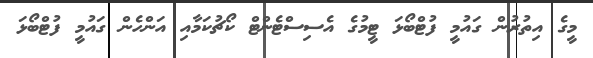
މީގެ އިތުރުން ގައުމީ ފުޓްބޯޅަ ޓީމުގެ އެސިސްޓެންޓް ކޯޗުކަމާއި އަންހެން ގައުމީ ފުޓްބޯޅަ